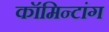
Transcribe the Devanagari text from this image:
कॉमिन्टांग